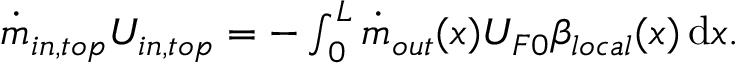
\begin{array} { r } { \Dot { m } _ { i n , t o p } U _ { i n , t o p } = - \int _ { 0 } ^ { L } \dot { m } _ { o u t } ( x ) U _ { F 0 } \beta _ { l o c a l } ( x ) \, \mathrm { d } x . } \end{array}